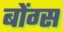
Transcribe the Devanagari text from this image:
बोंग्स